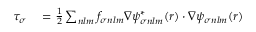
\begin{array} { r l } { \tau _ { \sigma } } & { { } = \frac { 1 } { 2 } \sum _ { n l m } f _ { \sigma n l m } \nabla \psi _ { \sigma n l m } ^ { * } ( \boldsymbol { r } ) \cdot \nabla \psi _ { \sigma n l m } ( \boldsymbol { r } ) } \end{array}